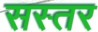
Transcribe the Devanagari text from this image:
सस्तर